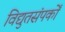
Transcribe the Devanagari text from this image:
विद्युतसंपर्कों